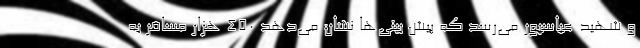
و شهید عباسپور می‌رسد که پیش بینی‌ها نشان می‌دهد ۴۵۰ هزار مسافر به